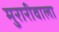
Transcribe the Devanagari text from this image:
मुरारीवाला